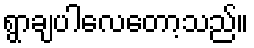
ရွာချပါလေတော့သည်။